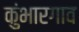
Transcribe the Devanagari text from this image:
कुंभारगाव